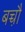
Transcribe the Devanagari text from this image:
बच्चौ़